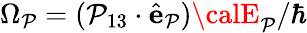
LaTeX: \Omega_{\mathcal{P}}=(\mathbf{{\mathcal{P}}}_{13}\cdot{\hat{{\mathbf{{e}}}}}_{\mathcal{P}}){\calE}_{\mathcal{P}}/\hbar